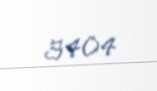
3404